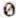
0